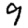
Digit: 9